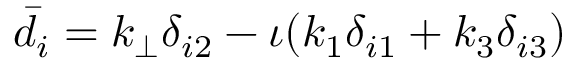
\bar { d } _ { i } = k _ { \perp } \delta _ { i 2 } - \iota ( k _ { 1 } \delta _ { i 1 } + k _ { 3 } \delta _ { i 3 } )